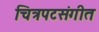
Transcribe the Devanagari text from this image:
चित्रपटसंगीत